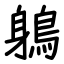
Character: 鵢